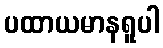
ပထာယမာနရူပါ